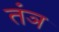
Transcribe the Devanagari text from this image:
तंञ